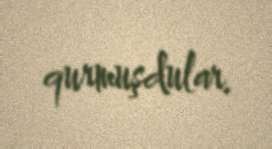
qurmuşdular.